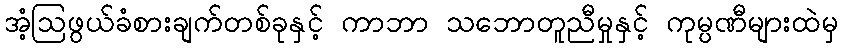
အံ့ဩဖွယ်ခံစားချက်တစ်ခုနှင့် ကာဘာ သဘောတူညီမှုနှင့် ကုမ္ပဏီများထဲမှ